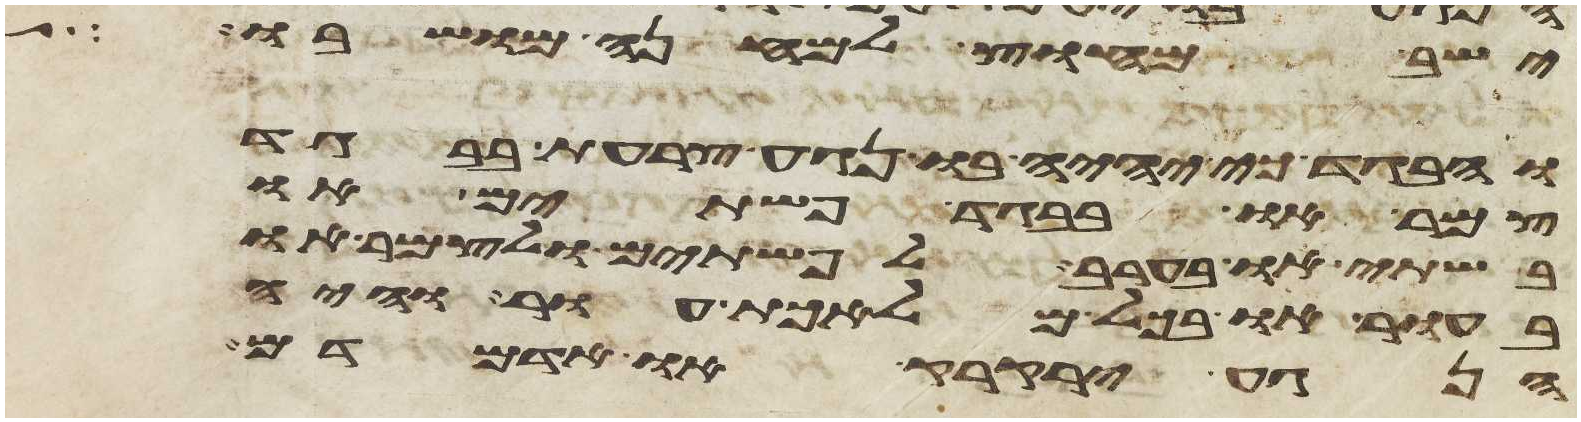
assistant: ישב מחוץ למחנה מושבו
והבגד כי יהיה בו נגע צרעת בבגד
צמר או בבגד פשתים או
בשתי או בערב לפשתים ולצמר או
בעור או בכל מלאכת עור והיה
הנגע ירקרק או אדמדם